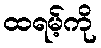
ထရမ့်ကို